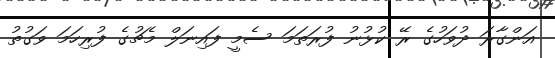
އަންގާރަ ދުވަހުގެ ރޭ ކުޅުނު ފުރަތަމަ ސެމީ ފައިނަލް މެޗުގެ ފުރިހަމަ ވަގުތު